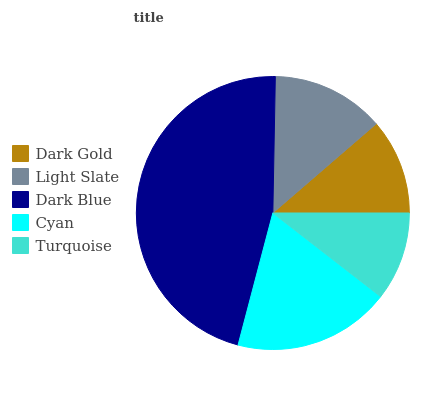
| Dark Gold | Light Slate | Dark Blue | Cyan | Turquoise |
 | --- | --- | --- | --- | --- |
 | 11.3% | 13.4% | 46.2% | 18.6% | 10.5% |